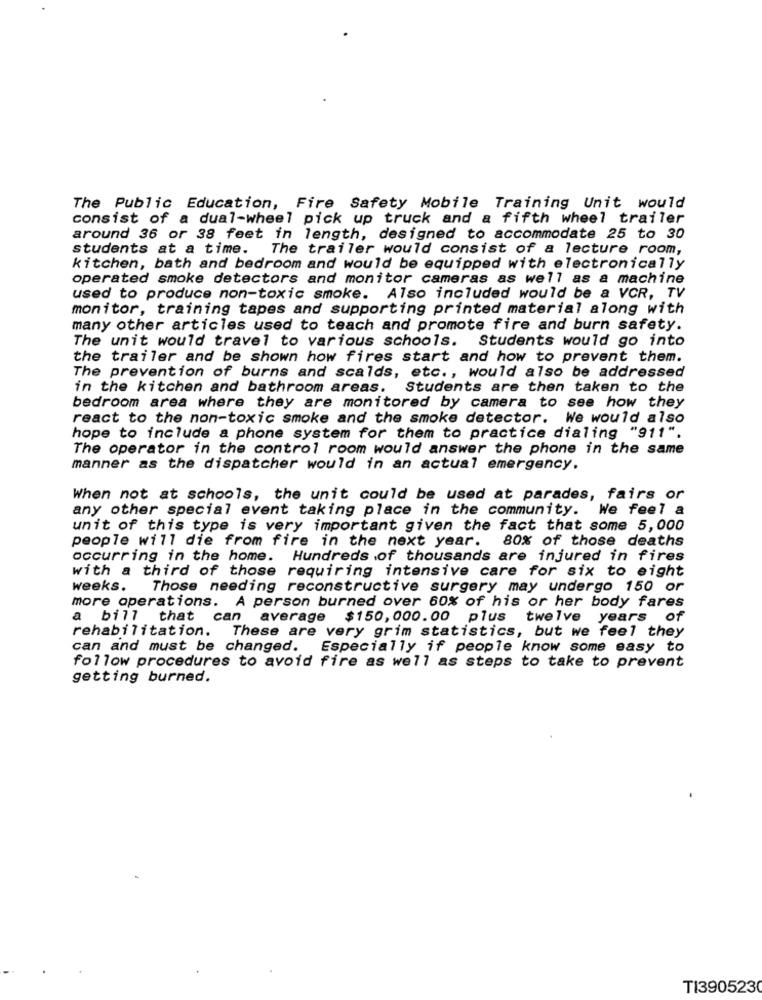
The Public Education, Fire Safety Mobile Training Unit would
consist of a dual-wheel pick up truck and a fifth wheel trailer
around 36 or 38 feet in length, designed to accommodate 25 to 30
students at a time. The trailer would consist of a lecture room,
kitchen, bath and bedroom and would be equipped with electronically
operated smoke detectors and monitor cameras as well as a machine
used to produce non-toxic smoke. Also included would be a VCR, TV
monitor, training tapes and supporting printed material along with
many other articles used to teach and promote fire and burn safety.
The unit would travel to various schools. Students would go into
the trailer and be shown how fires start and how to prevent them.
The prevention of burns and scalds, etc ., would also be addressed
in the kitchen and bathroom areas. Students are then taken to the
bedroom area where they are monitored by camera to see how they
react to the non-toxic smoke and the smoke detector. We would also
hope to include a phone system for them to practice dialing "911".
The operator in the control room would answer the phone in the same
manner as the dispatcher would in an actual emergency.
When not at schools, the unit could be used at parades, fairs or
any other special event taking place in the community. We feel a
unit of this type is very important given the fact that some 5,000
people will die from fire in the next year.
80% of those deaths
occurring in the home. Hundreds of thousands are injured in fires
with a third of those requiring intensive care for six to eight
weeks.
Those needing reconstructive surgery may undergo 150 or
more operations. A person burned over 60% of his or her body fares
a bill that can average $150,000.00 plus
twelve years of
rehabilitation.
These are very grim statistics, but we feel they
can and must be changed.
Especially if people know some easy to
follow procedures to avoid fire as well as steps to take to prevent
getting burned.
T13905230